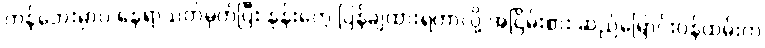
ကန်ဘေးမှာပဲ နေရာသတ်မှတ်ပြီး နုန်းတွေ ပြန်ချထားရတာလို့ အငြိမ်းစား ဆည်မြောင်းဝန်ထမ်းက